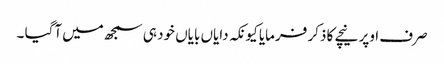
صرف اوپر نیچے کا ذکر فرمایا کیونکہ دایاں بایاں خود ہی سمجھ میں آگیا ۔